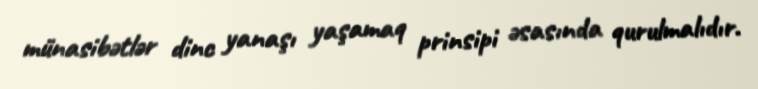
münasibətlər dinc yanaşı yaşamaq prinsipi əsasında qurulmalıdır.